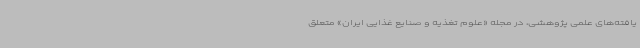
یافته‌های علمی پژوهشی، در مجله «علوم تغذیه و صنایع غذایی ایران» متعلق